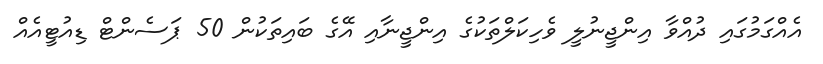
އެއްގަމުގައި ދުއްވާ އިންޖީނުލީ ވެހިކަލްތަކުގެ އިންޖީނާއި އޭގެ ބައިތަކުން 50 ޕަސެންޓް ޑިއުޓީއެއް